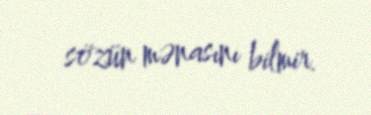
sözün mənasını bilmir.